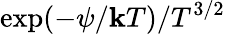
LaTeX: \exp(-\psi/\mathbf{k}T)/T^{3/2}